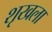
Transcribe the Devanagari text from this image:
शृखला